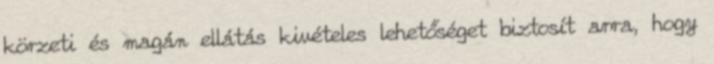
körzeti és magán ellátás kivételes lehetőséget biztosít arra, hogy